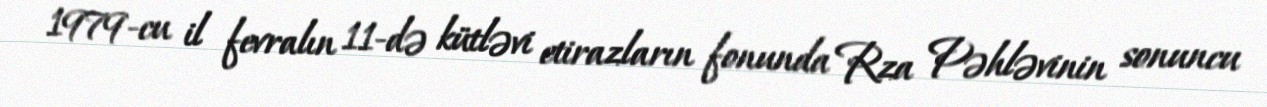
1979-cu il fevralın 11-də kütləvi etirazların fonunda Rza Pəhləvinin sonuncu